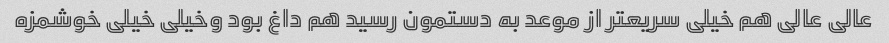
عالی عالی هم خیلی سریعتر از موعد به دستمون رسید هم داغ بود وخیلی خیلی خوشمزه